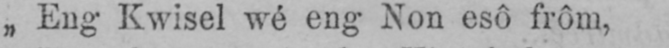
„Eng Kwisel wé en Non esô frôm,